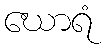
ဃောရံ